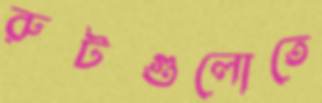
রুটগুলোতে